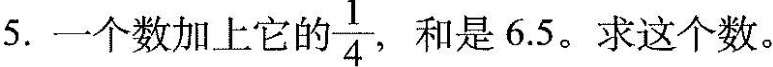
5.一个数加上它的\frac{1}{4}，和是6.5。求这个数。